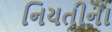
નિયતીના